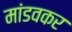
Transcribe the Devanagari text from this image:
मांडवकर